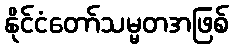
နိုင်ငံတော်သမ္မတအဖြစ်